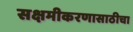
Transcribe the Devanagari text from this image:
सक्षमीकरणासाठीचा